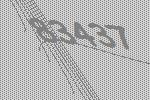
83437